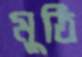
মুঠি